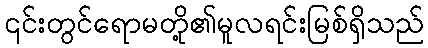
၎င်းတွင်ရောမတို့၏မူလရင်းမြစ်ရှိသည်